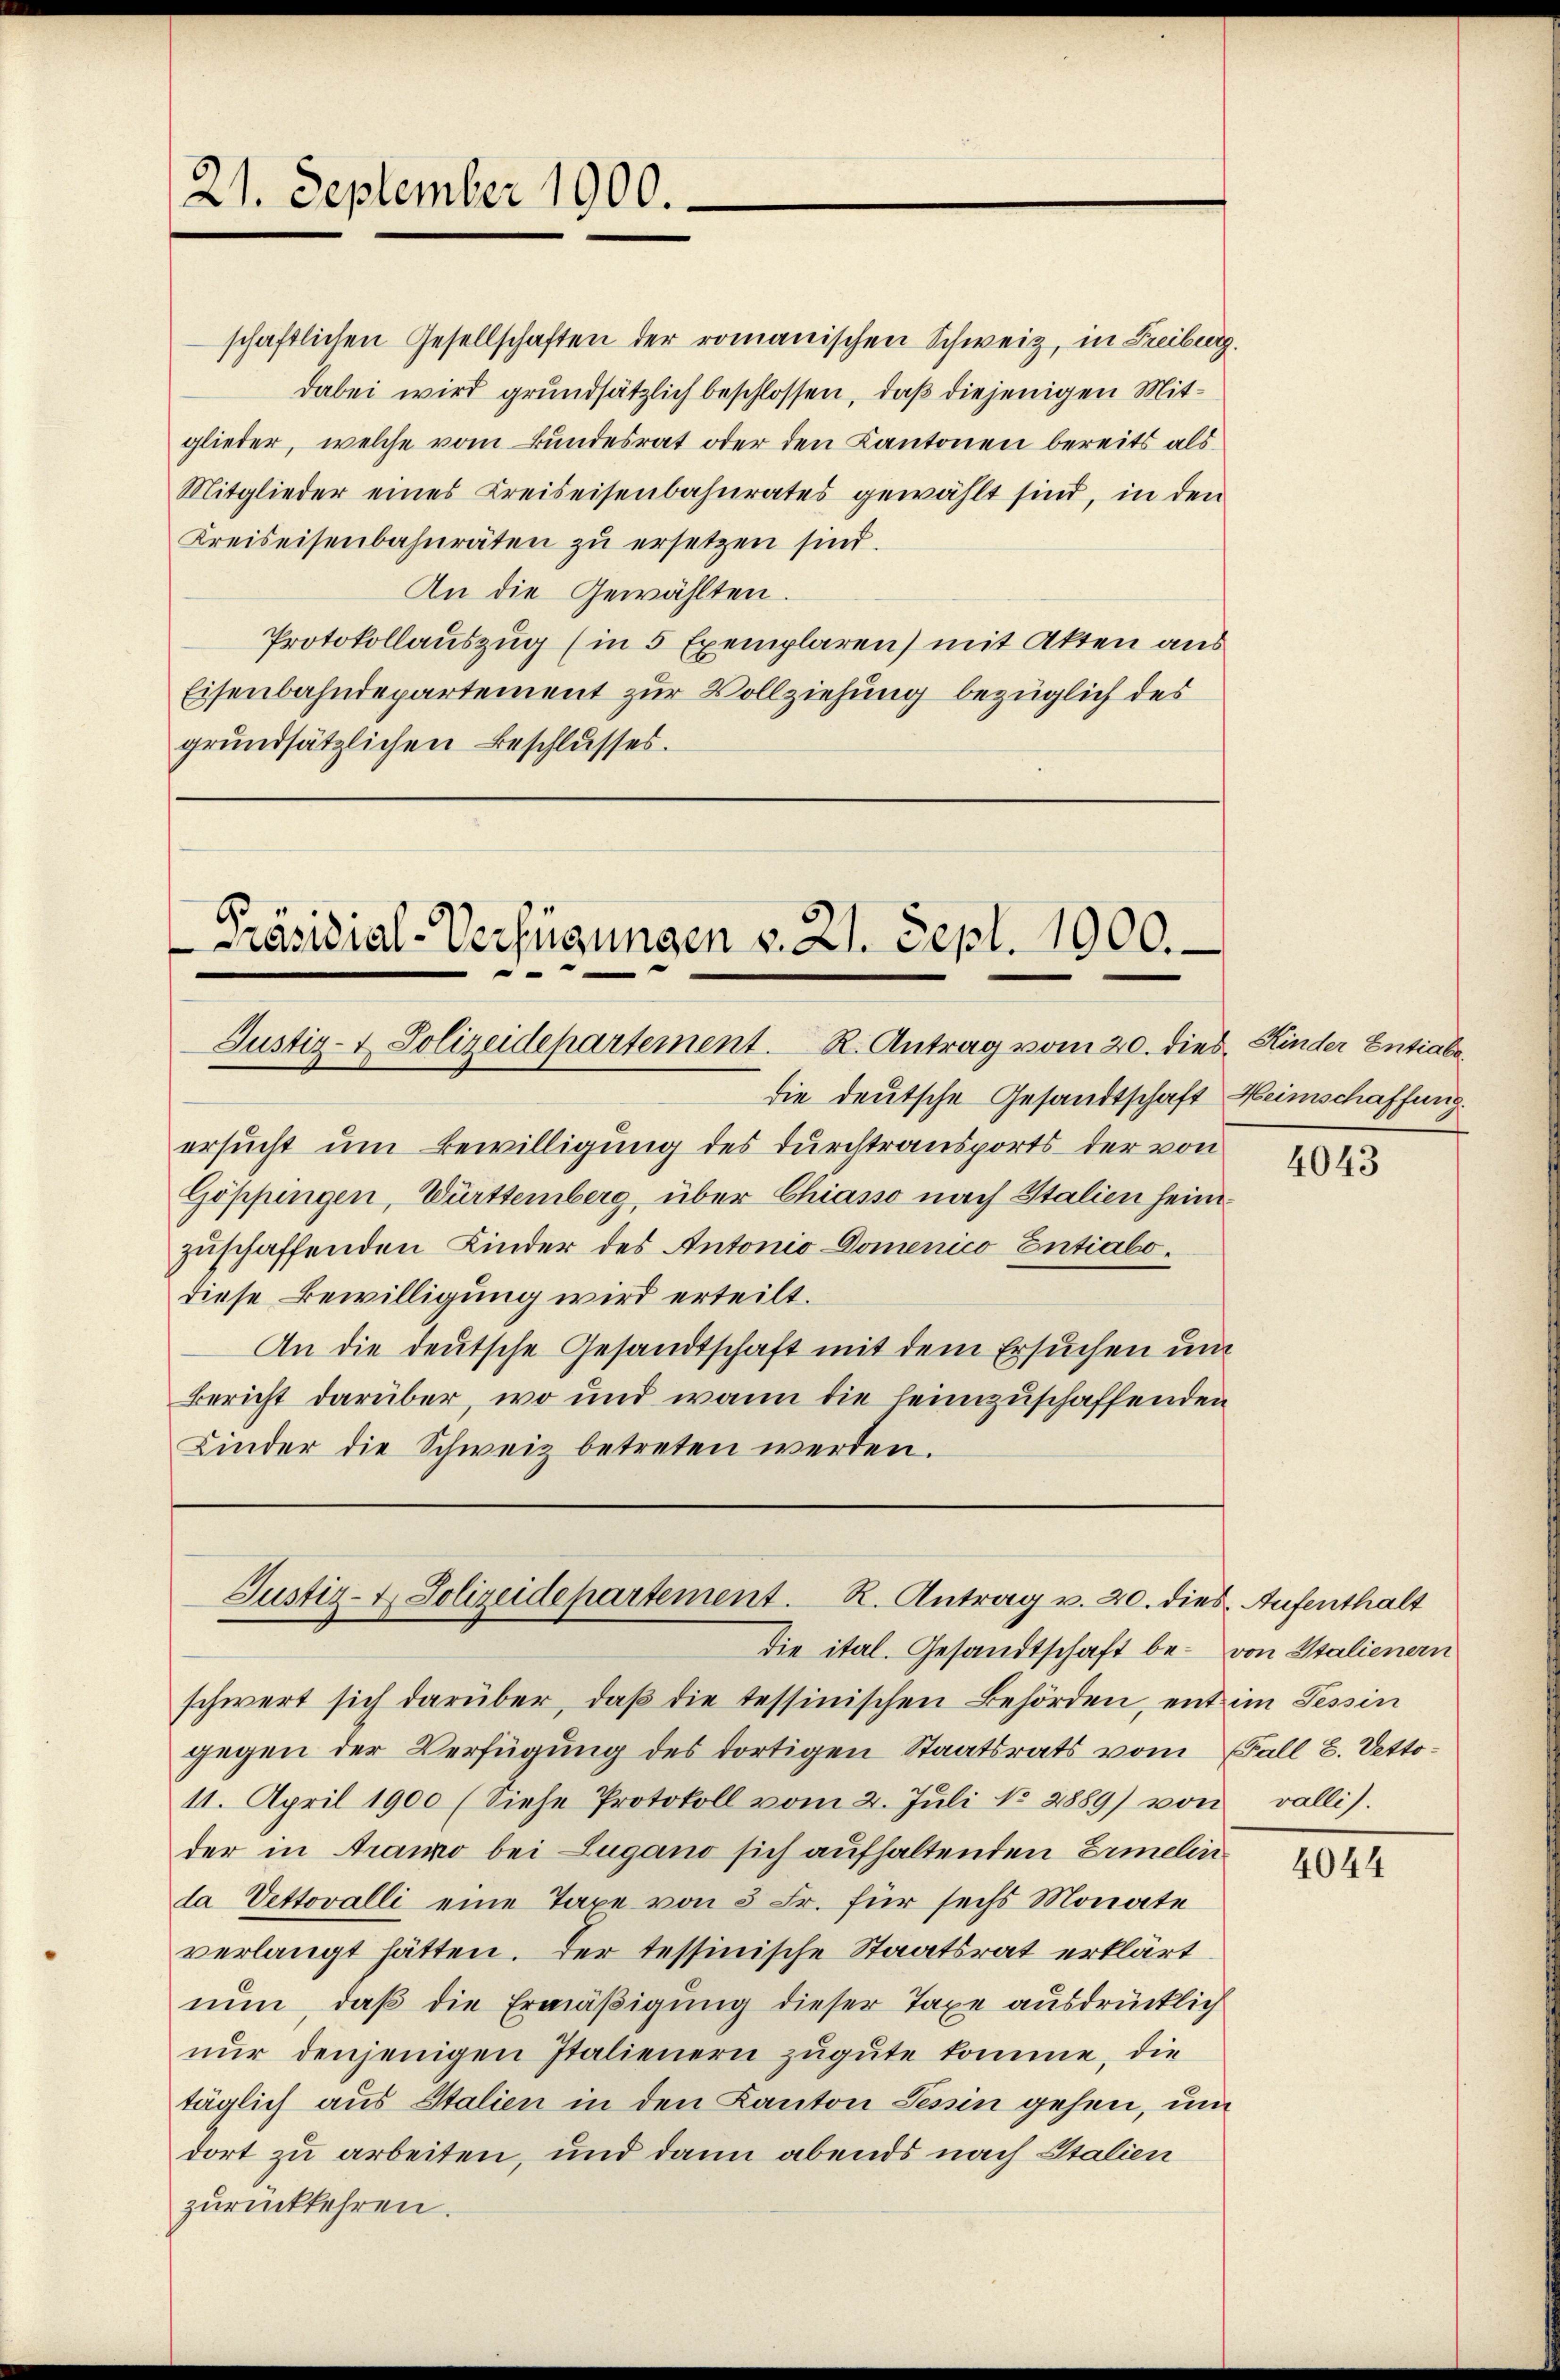
21. September 1900.

schaftlichen Gesellschaften der romanischen Schweiz, in Freiburg.
dabei wird grundsätzlich beschlossen, daß diejenigen Mitglieder, welche vom Bundesrat oder den Kantonen bereits als
Mitglieder eines Kreiseisenbahnrates gewählt sind, in den
Kreiseisenbahnräten zŭ ersetzen sind.
An die Gewählten.
Protokollauszug (in 5 Exemplaren) mit Akten aus
Eisenbahndepartement zur Vollziehung bezüglich des
grundsätzlichen Beschlusses.

Präsidial-Verfügungen v. 21. Sept. 1000.
Justiz- & Polizeidepartement. R. Antrag vom 20. dies Kinder Entiale

die deutsche Gesandtschaft Heimschaffung.
ersucht um Bewilligung des Durchtransports der von
Göppingen, Württemberg, über Chiasso nach Italien heimzuschaffenden Kinder des Antonio Domenico Entialodiese Bewilligung wird erteilt.
An die deutsche Gesandtschaft mit dem Ersuchen und
Bericht darüber, wo und wann die leimzuschaffenden
Kinder die Schweiz betreten werden.

Justiz- & Polizeidepartement. R. Antrag v. 20. dies Aufenthalt
die ital. Gesandtschaft be- von Stalienern

schwert sich darüber, daβ die tessinischen Behörden, ent im Tessin
gegen der Verfügung des dortigen Staatsrats vom Fall 2. Vetto¬
11. April 1900 (Siehe Protokoll vom 2. Juli No 2889) von vallis.
der in Arano bei Lugano sich aufhaltenden Ermelinla Vettovalli eine Taxe von 3 Fr. für sechs Monate
verlangt hätten. Der tessinische Staatsrat erklärt
nun, daß die Ermäßigung dieser Taxe ausdrücklich
nŭr denjenigen Italienern zugute komme, die
täglich aus Italien in den Kanton Tessin gehen, um
dort zu arbeiten, und dann abends nach Italien
zurückkehren.

4043

4044